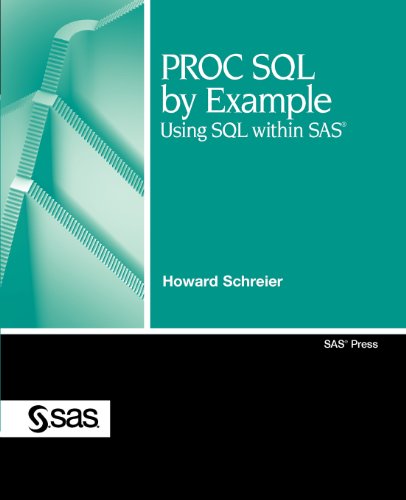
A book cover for PROC SQL by Example: Using SQL within SAS; Howard Schreier; Computers & Technology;